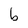
Character: b